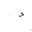
Letter: _dal